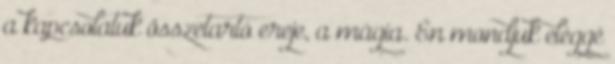
a kapcsolatuk összetartó ereje, a mágia. Én mondjuk eléggé